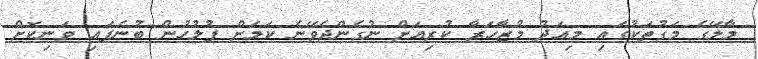
މާލޭގެ މަގުތަކުގައި މިއަދު މުޒާހަރާ ކުރިއަށް ނުގެންދެވޭނެ ކަމަށް ފުލުހުން ބުނެފައި ވަނިކޮށް